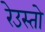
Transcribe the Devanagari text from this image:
रेउस्तो